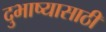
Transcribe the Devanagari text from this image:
दुभाष्यासाठी